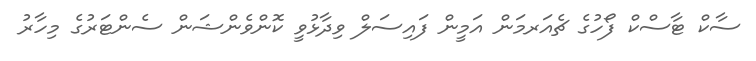
ސާކް ޓާސްކް ފޯހުގެ ޗެއަރމަން އަމީން ފައިސަލް ވިދާޅުވީ ކޮންވެންޝަން ސެންޓަރުގެ މިހާރު